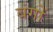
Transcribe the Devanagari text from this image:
बंगों